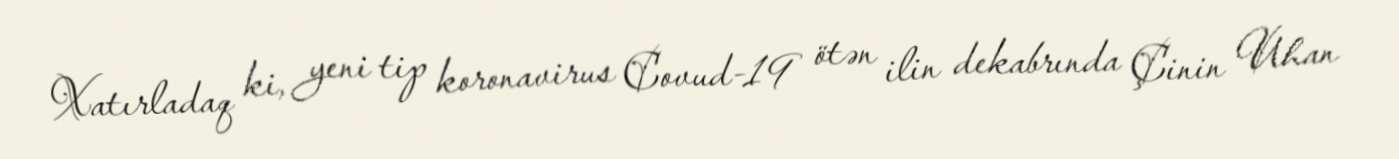
Xatırladaq ki, yeni tip koronavirus Covud-19 ötən ilin dekabrında Çinin Uhan